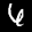
Label: 6